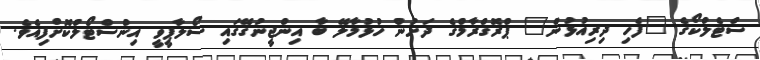
ސްޓެލްކޯގެ "ފެހި ދިރިއުޅުން" ޕްރޮގްރާމްގެ ދަށުން ހުޅުމާލޭ ބާ އިންޖީނުގޭގައި ސޯލާޕީވީ އިންސްޓޯލްކޮށްފިއެވެ.